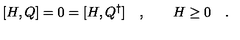
[ H , Q ] = 0 = [ H , Q ^ { \dagger } ] \quad , \qquad H \geq 0 \quad .